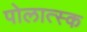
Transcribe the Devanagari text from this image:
पोलात्स्क